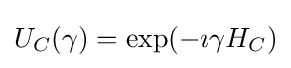
U_{C}(\gamma )=\exp(-\imath \gamma H_{C})